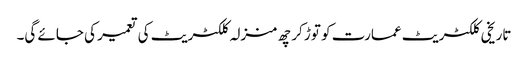
تاریخی کلکٹریٹ عمارت کو توڑ کر چھ منزلہ کلکٹریٹ کی تعمیر کی جائے گی۔